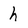
Character: h